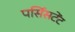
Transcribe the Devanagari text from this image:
पर्सिसटेंट